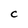
Character: C